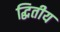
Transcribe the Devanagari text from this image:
द्धितीय